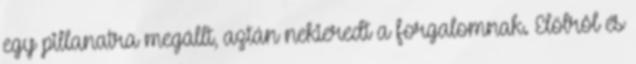
egy pillanatra megállt, aztán nekieredt a forgalomnak. Elölrôl és